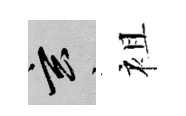
玄袓